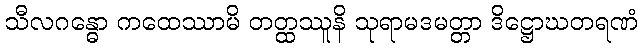
သီလဂန္ဓော ကထေဿာမိ တတ္ထဿူနိ သုရာမဒမတ္တာ ဒိဋ္ဌောဃတရဏံ